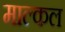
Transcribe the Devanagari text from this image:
माल्कल